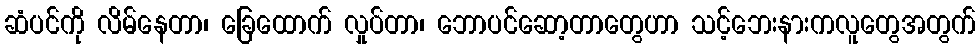
ဆံပင်ကို လိမ်နေတာ၊ ခြေထောက် လှုပ်တာ၊ ဘောပင်ဆော့တာတွေဟာ သင့်ဘေးနားကလူတွေအတွက်